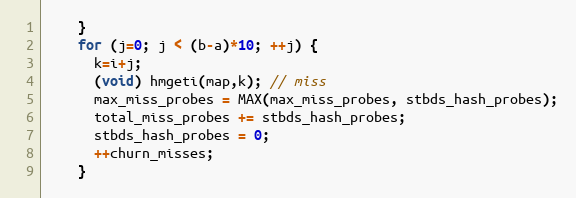
Language: C++
    }
    for (j=0; j < (b-a)*10; ++j) {
      k=i+j;
      (void) hmgeti(map,k); // miss
      max_miss_probes = MAX(max_miss_probes, stbds_hash_probes);
      total_miss_probes += stbds_hash_probes;
      stbds_hash_probes = 0;
      ++churn_misses;
    }